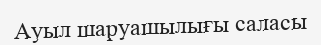
Ауыл шаруашылығы саласы